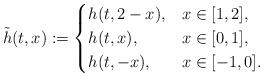
LaTeX: \begin{align*}\tilde h(t,x) := \begin{cases}h(t, 2-x), &x \in [1,2],\\h(t,x), & x \in [0,1],\\h(t,-x), & x \in [-1,0].\end{cases}\end{align*}